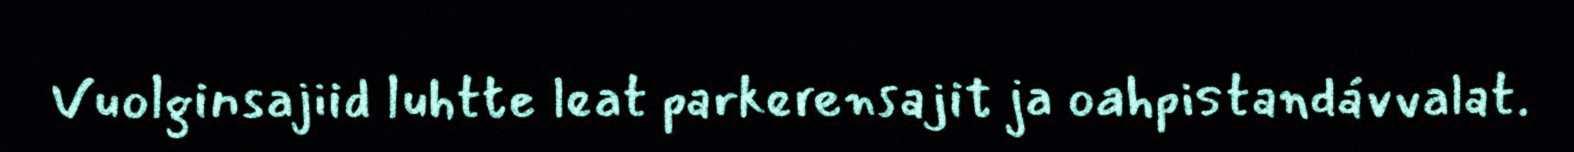
Vuolginsajiid luhtte leat parkerensajit ja oahpistandávvalat.